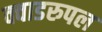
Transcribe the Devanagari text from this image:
क्वाडरुपल